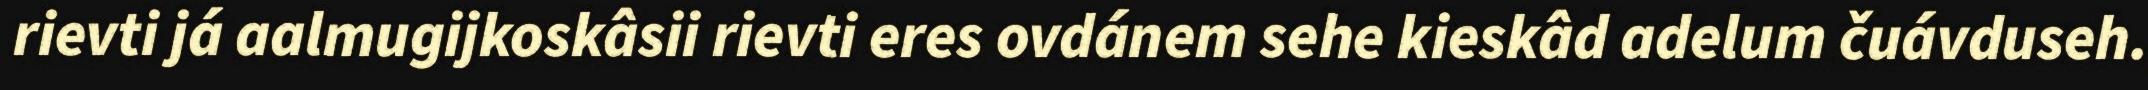
rievti já aalmugijkoskâsii rievti eres ovdánem sehe kieskâd adelum čuávduseh.